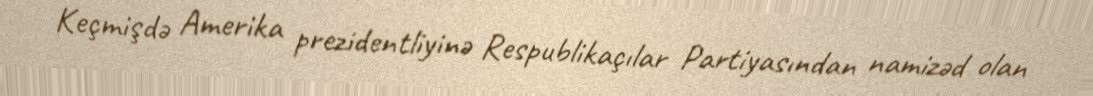
Keçmişdə Amerika prezidentliyinə Respublikaçılar Partiyasından namizəd olan